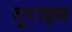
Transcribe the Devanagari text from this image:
तूराइस